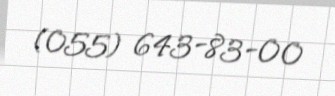
(055) 643-83-00